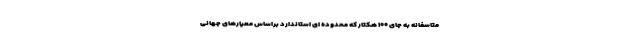
متاسفانه به جای ۱۰۰ هکتار که محدوده ای استاندارد براساس معیارهای جهانی